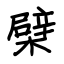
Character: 檗